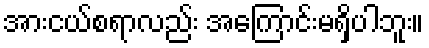
အားငယ်စရာလည်း အကြောင်းမရှိပါဘူး။